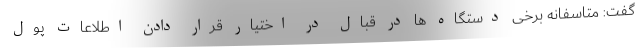
گفت: متاسفانه برخی دستگاه ها در قبال در اختیار قرار دادن اطلاعات پول